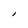
Character: I